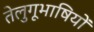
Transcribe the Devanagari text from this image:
तेलुगूभाषियों